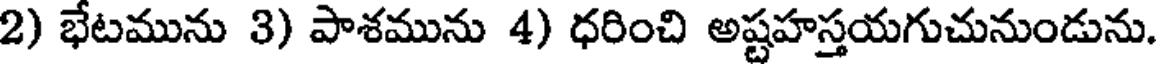
2) భేటమును 3) పాశమును 4) ధరించి అష్టహస్తయగుచునుండును.